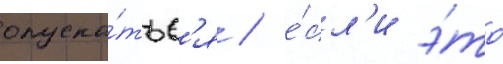
опуска́тьс'я / е́сл'и э́то